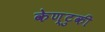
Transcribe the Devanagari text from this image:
केण्टुकी